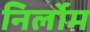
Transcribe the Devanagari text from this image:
निर्लोम